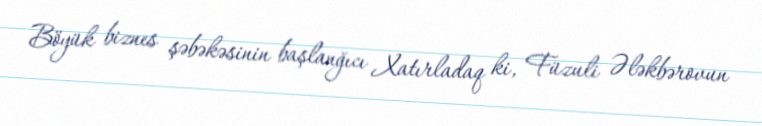
Böyük biznes şəbəkəsinin başlanğıcı Xatırladaq ki, Füzuli Ələkbərovun